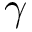
\gamma